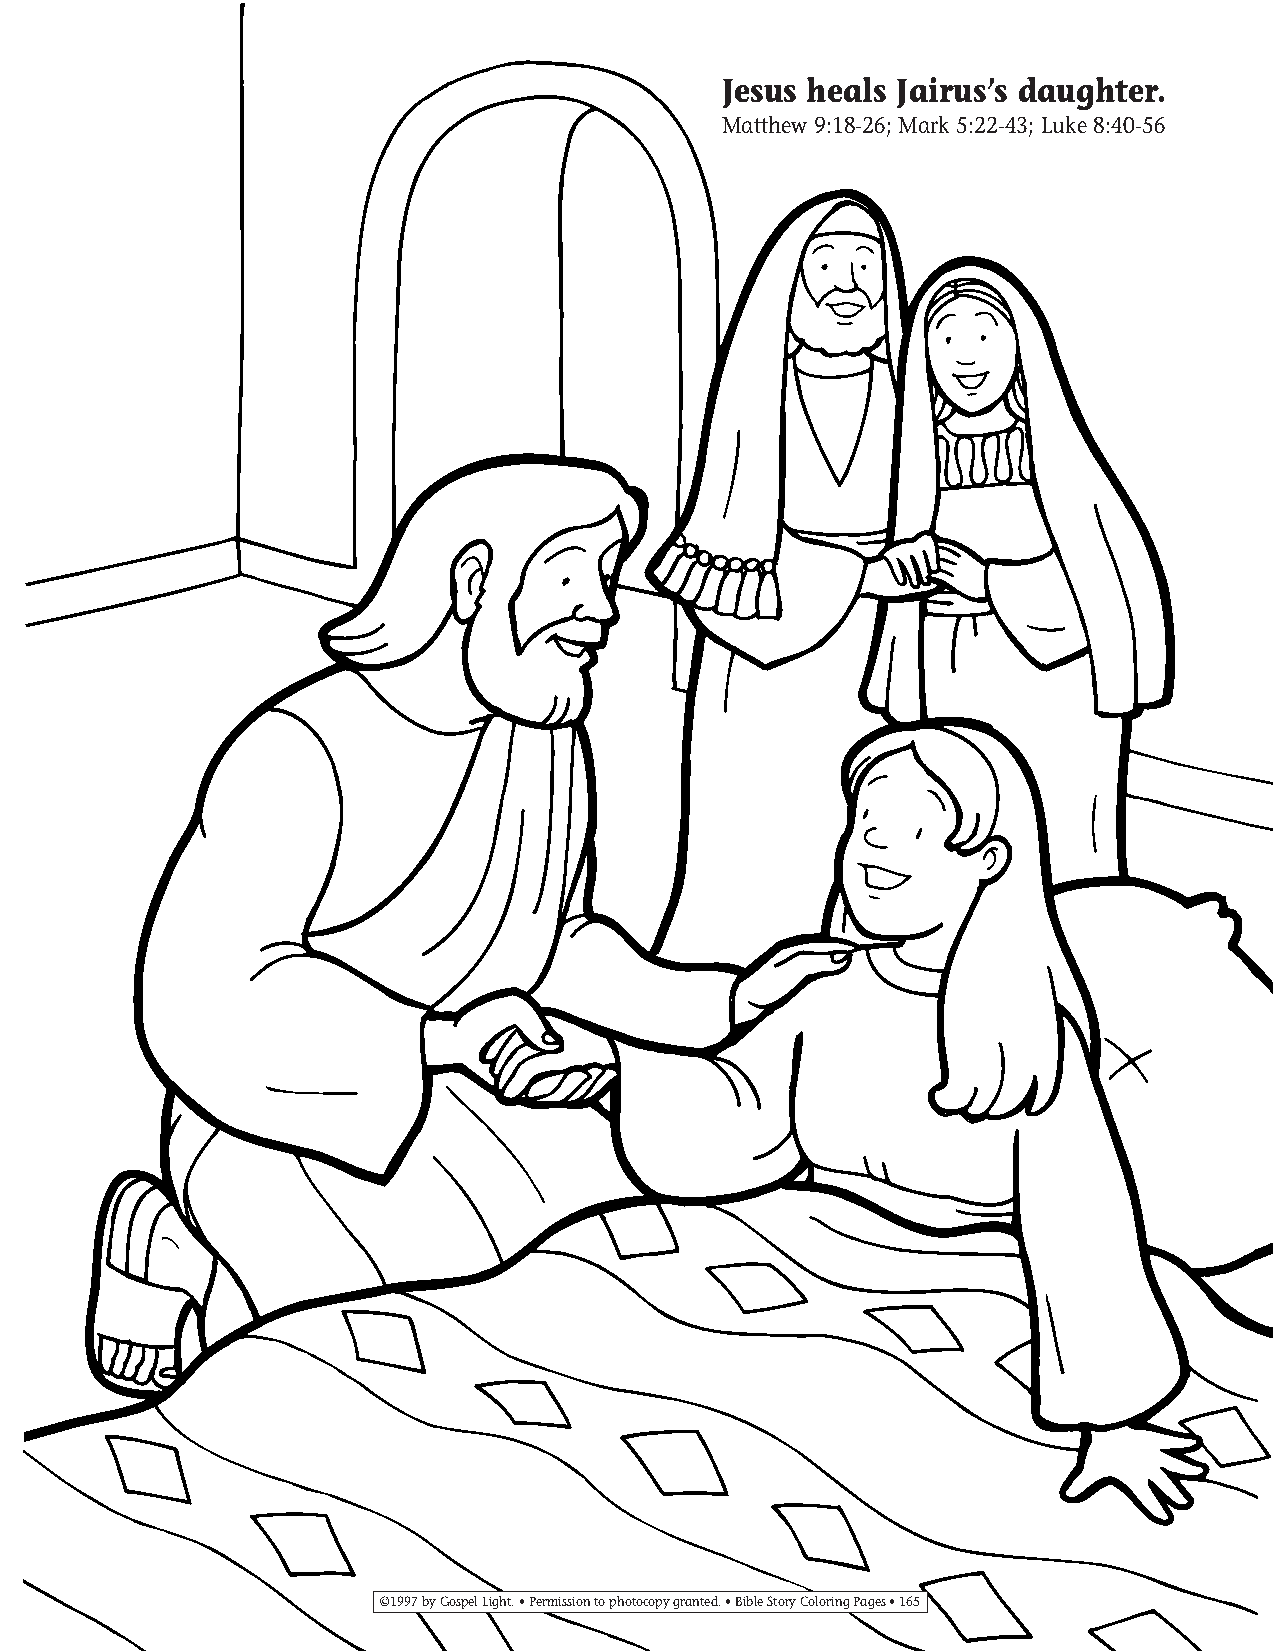
155-184 Coloring pgs_155-184 Coloring pgs 2/19/14 11:49 AM Page 165
 Jesus heals Jairus’s daughter.
 Matthew 9:18-26; Mark 5:22-43; Luke 8:40-56
 ©1997 by Gospel Light. • Permission to photocopy granted. • Bible Story Coloring Pages • 165